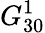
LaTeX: G_{30}^{1}